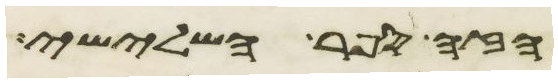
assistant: הנהר השלישי